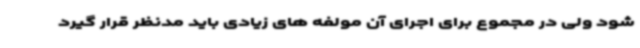
شود ولی در مجموع برای اجرای آن مولفه های زیادی باید مدنظر قرار گیرد